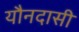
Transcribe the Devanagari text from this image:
यौनदासी